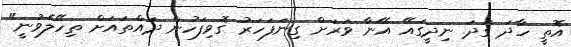
އޮތީ ހާދަ ގަދަ ނިދީގައޭ އޭނާ ވަރަށް ގިނަފަހަރު ގޮވިފަހުން ދައްތައަށް ތިހޭލެވުނީ"